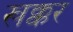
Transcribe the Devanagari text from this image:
खक्कर